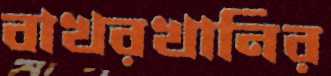
বাখরখানির